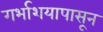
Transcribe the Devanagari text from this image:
गर्भाशयापासून